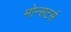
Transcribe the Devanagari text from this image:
मोन्सटर्स